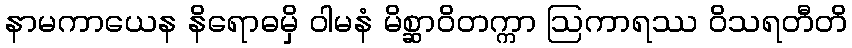
နာမကာယေန နိရောဓမှိ ဝါမနံ မိစ္ဆာဝိတက္ကာ ဩကာရဿ ဝိသရတီတိ